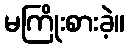
မကြိုးစားခဲ့။